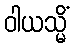
ဝါယသ္မိံ